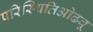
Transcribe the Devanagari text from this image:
परिस्थितिओढवू